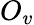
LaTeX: O_{v}